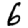
Digit: 6